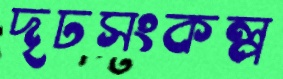
দৃঢসংকল্প